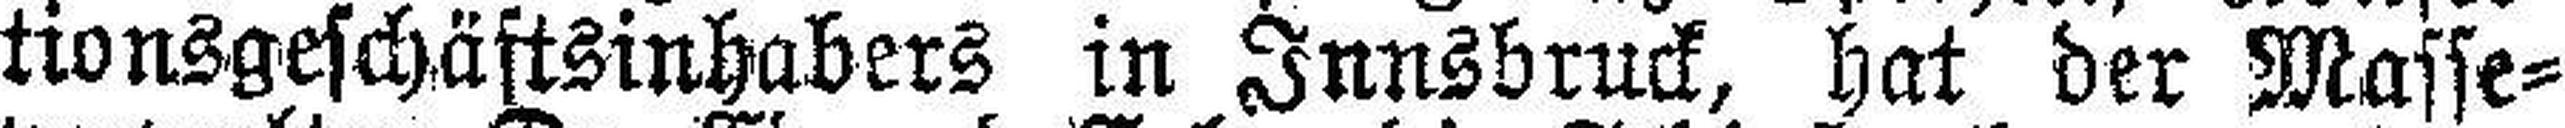
tionsgeschäftsinhabers in Innsbruck, hat der Masse¬